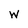
Character: W